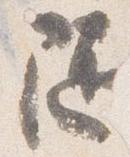
随